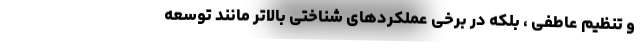
و تنظیم عاطفی ، بلکه در برخی عملکردهای شناختی بالاتر مانند توسعه